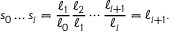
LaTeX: s _ { 0 } \ldots s _ { i } = { \frac { \ell _ { 1 } } { \ell _ { 0 } } } { \frac { \ell _ { 2 } } { \ell _ { 1 } } } \cdots { \frac { \ell _ { i + 1 } } { \ell _ { i } } } = \ell _ { i + 1 } .